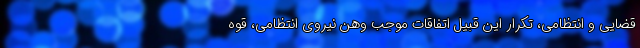
قضایی و انتظامی، تکرار این قبیل اتفاقات موجب وهن نیروی انتظامی، قوه